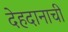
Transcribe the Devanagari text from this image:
देहदानाची